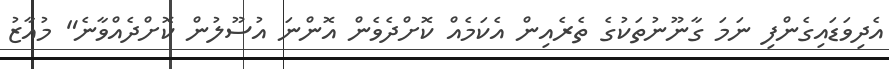
އެދިވަޑައިގެންފި ނަމަ ގާނޫނުތަކުގެ ތެރެއިން އެކަމެއް ކޮށްދެވެން އޮންނަ އުސޫލުން ކޮށްދެއްވާނެ" މުއާޒު